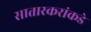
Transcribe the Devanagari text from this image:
सातारकरांकडे